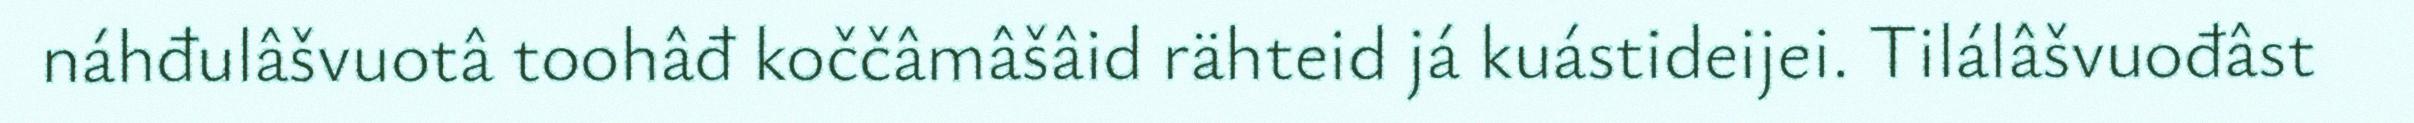
náhđulâšvuotâ toohâđ koččâmâšâid rähteid já kuástideijei. Tilálâšvuođâst